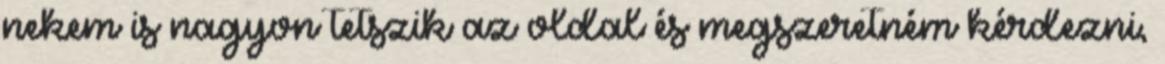
nekem is nagyon tetszik az oldal és megszeretném kérdezni,